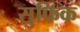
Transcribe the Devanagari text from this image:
सुफिक